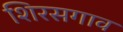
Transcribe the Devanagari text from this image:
शिरसगाव